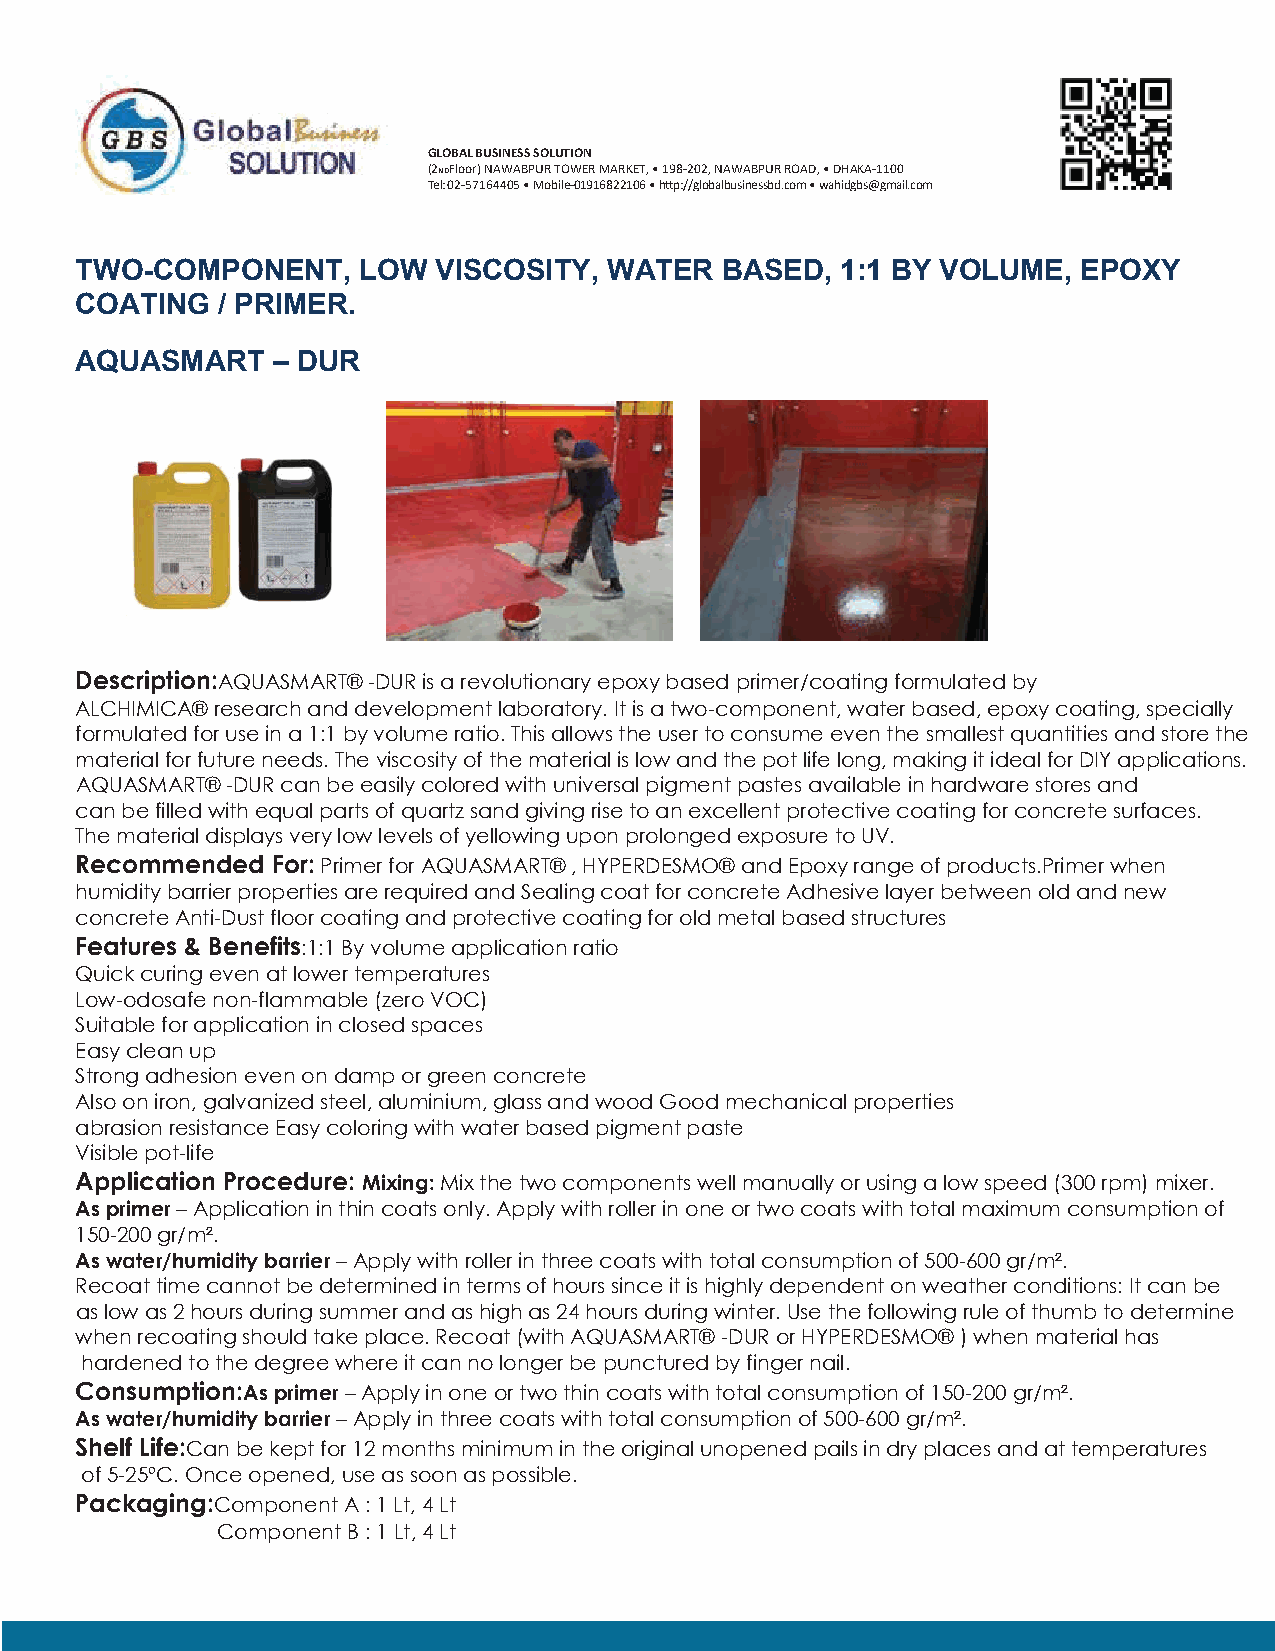
GLOBAL BUSINESS SOLUTION
 (2NDFloor) NAWABPUR TOWER MARKET, • 198-202, NAWABPUR ROAD, • DHAKA-1100
 Tel: 02-57164405 • Mobile-01916822106 • h�p://globalbusinessbd.com • wahidgbs@gmail.com
 TWO-COMPONENT,     LOW  VISCOSITY, WATER   BASED,  1:1 BY VOLUME,  EPOXY
 COATING  / PRIMER.
 AQUASMART    – DUR
 Description:AQUASMART® -DUR is a revolutionary epoxy based primer/coating formulated by
 ALCHIMICA® research and development laboratory. It is a two-component, water based, epoxy coating, specially
 formulated for use in a 1:1 by volume ratio. This allows the user to consume even the smallest quantities and store the
 material for future needs. The viscosity of the material is low and the pot life long, making it ideal for DIY applications.
 AQUASMART® -DUR can be easily colored with universal pigment pastes available in hardware stores and
 can be filled with equal parts of quartz sand giving rise to an excellent protective coating for concrete surfaces.
 The material displays very low levels of yellowing upon prolonged exposure to UV.
 Recommended  For: Primer for AQUASMART® , HYPERDESMO® and Epoxy range of products.Primer when
 humidity barrier properties are required and Sealing coat for concrete Adhesive layer between old and new
 concrete Anti-Dust floor coating and protective coating for old metal based structures
 Features & Benefits:1:1 By volume application ratio
 Quick curing even at lower temperatures
 Low-odosafe non-flammable (zero VOC)
 Suitable for application in closed spaces
 Easy clean up
 Strong adhesion even on damp or green concrete
 Also on iron, galvanized steel, aluminium, glass and wood Good mechanical properties
 abrasion resistance Easy coloring with water based pigment paste
 Visible pot-life
 Application Procedure: Mixing: Mix the two components well manually or using a low speed (300 rpm) mixer.
 As primer – Application in thin coats only. Apply with roller in one or two coats with total maximum consumption of
 150-200 gr/m².
 As water/humidity barrier – Apply with roller in three coats with total consumption of 500-600 gr/m².
 Recoat time cannot be determined in terms of hours since it is highly dependent on weather conditions: It can be
 as low as 2 hours during summer and as high as 24 hours during winter. Use the following rule of thumb to determine
 when recoating should take place. Recoat (with AQUASMART® -DUR or HYPERDESMO® ) when material has
 hardened to the degree where it can no longer be punctured by finger nail.
 Consumption:As primer – Apply in one or two thin coats with total consumption of 150-200 gr/m².
 As water/humidity barrier – Apply in three coats with total consumption of 500-600 gr/m².
 Shelf Life:Can be kept for 12 months minimum in the original unopened pails in dry places and at temperatures
 of 5-25ºC. Once opened, use as soon as possible.
 Packaging:Component A : 1 Lt, 4 Lt
 Component B : 1 Lt, 4 Lt